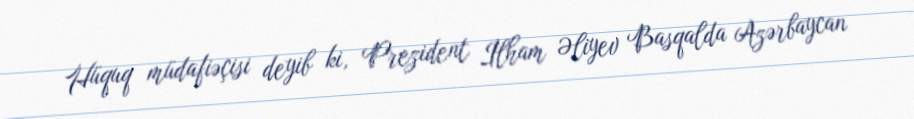
Hüquq müdafiəçisi deyib ki, Prezident İlham Əliyev Basqalda Azərbaycan